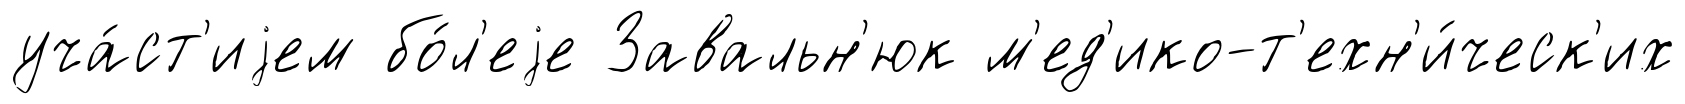
уча́ст'иjем бо́л'еjе Завальн'юк м'ед'ико-т'ехн'и́ческ'их